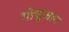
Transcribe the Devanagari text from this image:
गोचुजांग